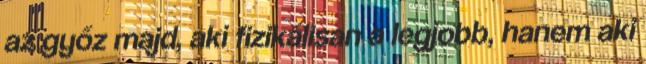
az győz majd, aki fizikálisan a legjobb, hanem aki